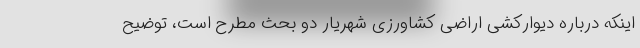
اینکه درباره دیوارکشی اراضی کشاورزی شهریار دو بحث مطرح است، توضیح